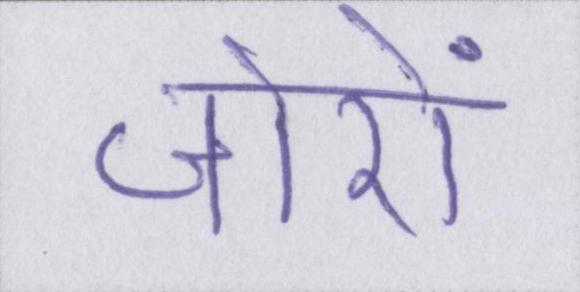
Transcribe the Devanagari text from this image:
जोरों